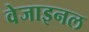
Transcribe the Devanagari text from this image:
वेजाइनल